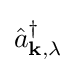
{\hat {a}}_{\mathbf {k} ,\lambda }^{\dagger }